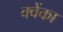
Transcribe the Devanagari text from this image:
क्वेंका